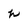
Character: h